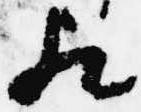
歟